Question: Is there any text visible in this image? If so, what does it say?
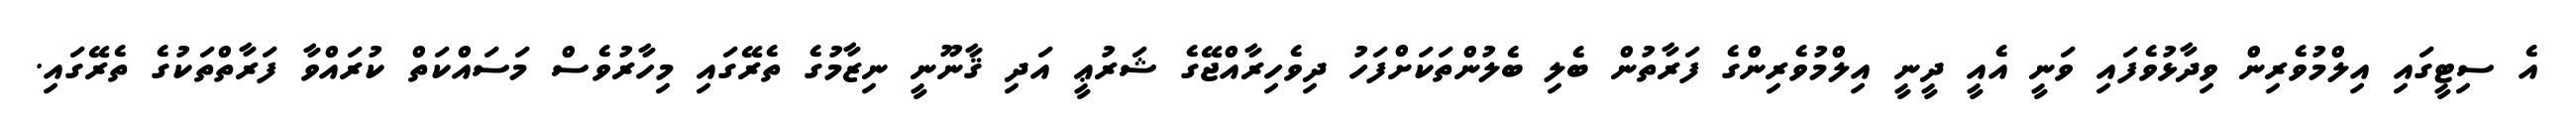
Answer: އެ ސިޓީގައި އިލްމުވެރިން ވިދާޅުވެފައި ވަނީ އެއީ ދީނީ އިލްމުވެރިންގެ ފަރާތުން ބެލި ބެލުންތަކަށްފަހު ދިވެހިރާއްޖޭގެ ޝަރުޢީ އަދި ޤާނޫނީ ނިޒާމުގެ ތެރޭގައި މިހާރުވެސް މަސައްކަތް ކުރައްވާ ފަރާތްތަކުގެ ތެރޭގައި.